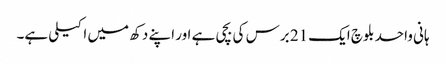
ہانی واحد بلوچ ایک 21 برس کی بچی ہے اور اپنے دکھ میں اکیلی ہے۔